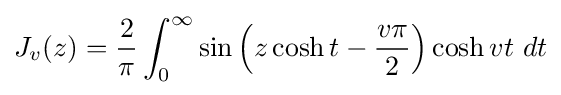
J_{v}(z)={\dfrac {2}{\pi }}\int _{0}^{\infty }\sin \left(z\cosh t-{\dfrac {v\pi }{2}}\right)\cosh vt~dt